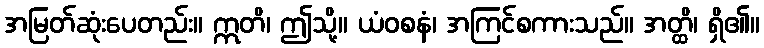
အမြတ်ဆုံးပေတည်း။ ဣတိ၊ ဤသို့။ ယံဝစနံ၊ အကြင်စကားသည်။ အတ္ထိ၊ ရှိ၏။